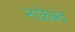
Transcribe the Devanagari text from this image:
नाकेबंद